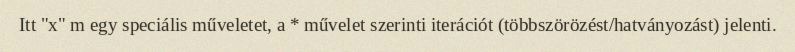
Itt "x" m egy speciális műveletet, a * művelet szerinti iterációt (többszörözést/hatványozást) jelenti.